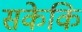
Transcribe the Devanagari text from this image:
सकेकि